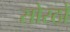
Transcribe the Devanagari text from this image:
सोरठों